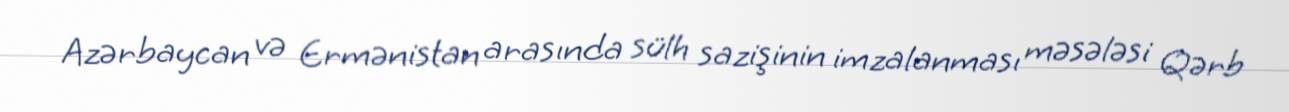
Azərbaycan və Ermənistan arasında sülh sazişinin imzalanması məsələsi Qərb